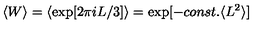
\langle W \rangle = \langle \exp [ 2 \pi i L / 3 ] \rangle = \exp [ - c o n s t . \langle L ^ { 2 } \rangle ]